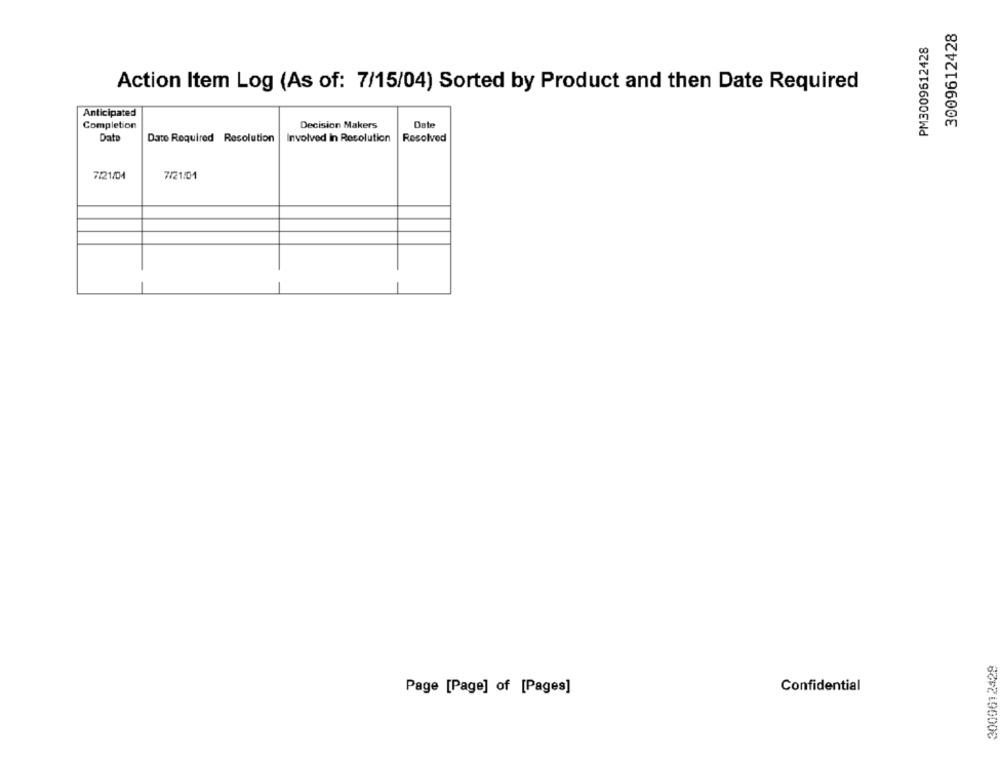
3009612428
PM3009612428
Action Item Log (As of: 7/15/04) Sorted by Product and then Date Required
Anticipated
Date
Completion
Decision Makers
Dato
Involved in Resolution
Resolved
Date Required Resolution
7/21/04
7/21:01
3009612429
Page [Page] of [Pages]
Confidential